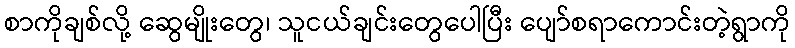
စာကိုချစ်လို့ ဆွေမျိုးတွေ၊ သူငယ်ချင်းတွေပေါပြီး ပျော်စရာကောင်းတဲ့ရွာကို